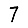
Digit: 7